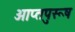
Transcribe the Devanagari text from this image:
आप्तपुरूष